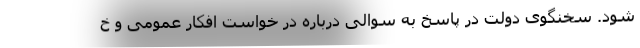
شود. سخنگوی دولت در پاسخ به سوالی درباره در خواست افکار عمومی و خ